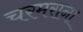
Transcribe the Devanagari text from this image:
चरमराना